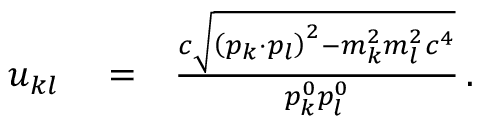
\begin{array} { r l r } { u _ { k l } } & { { } = } & { \frac { c \sqrt { \left( p _ { k } \cdot p _ { l } \right) ^ { 2 } - m _ { k } ^ { 2 } m _ { l } ^ { 2 } c ^ { 4 } } } { p _ { k } ^ { 0 } p _ { l } ^ { 0 } } \, . } \end{array}